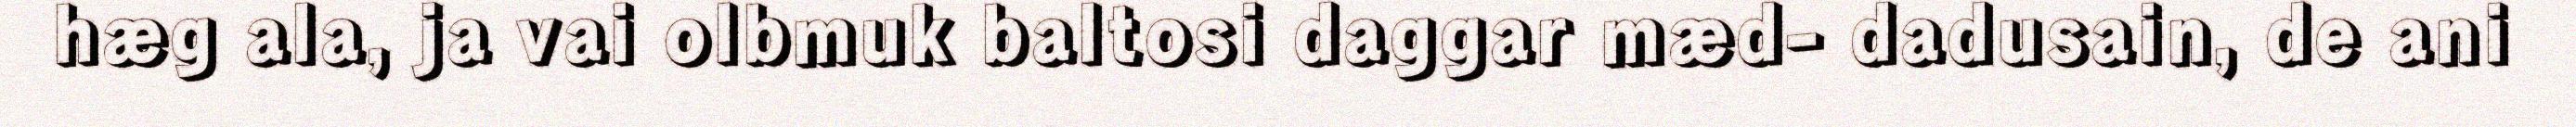
hæg ala, ja vai olbmuk baltosi daggar mæd- dadusain, de ani